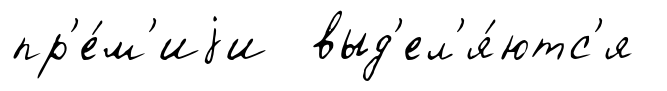
пр'е́м'иjи выд'ел'я́ютс'я